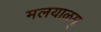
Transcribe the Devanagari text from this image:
मलयाळम्‌